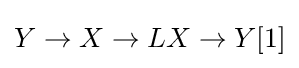
Y\to X\to LX\to Y[1]